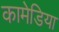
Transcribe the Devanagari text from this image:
कामेडिया